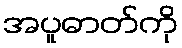
အပူဓာတ်ကို